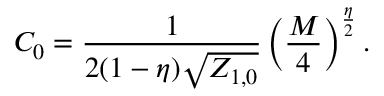
C _ { 0 } = \frac { 1 } { 2 ( 1 - \eta ) \sqrt { { { Z } } _ { 1 , 0 } } } \, \Big ( \frac { M } { 4 } \Big ) ^ { \frac { \eta } { 2 } } \, .